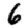
Digit: 6